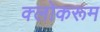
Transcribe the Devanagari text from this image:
क्लोकरूम